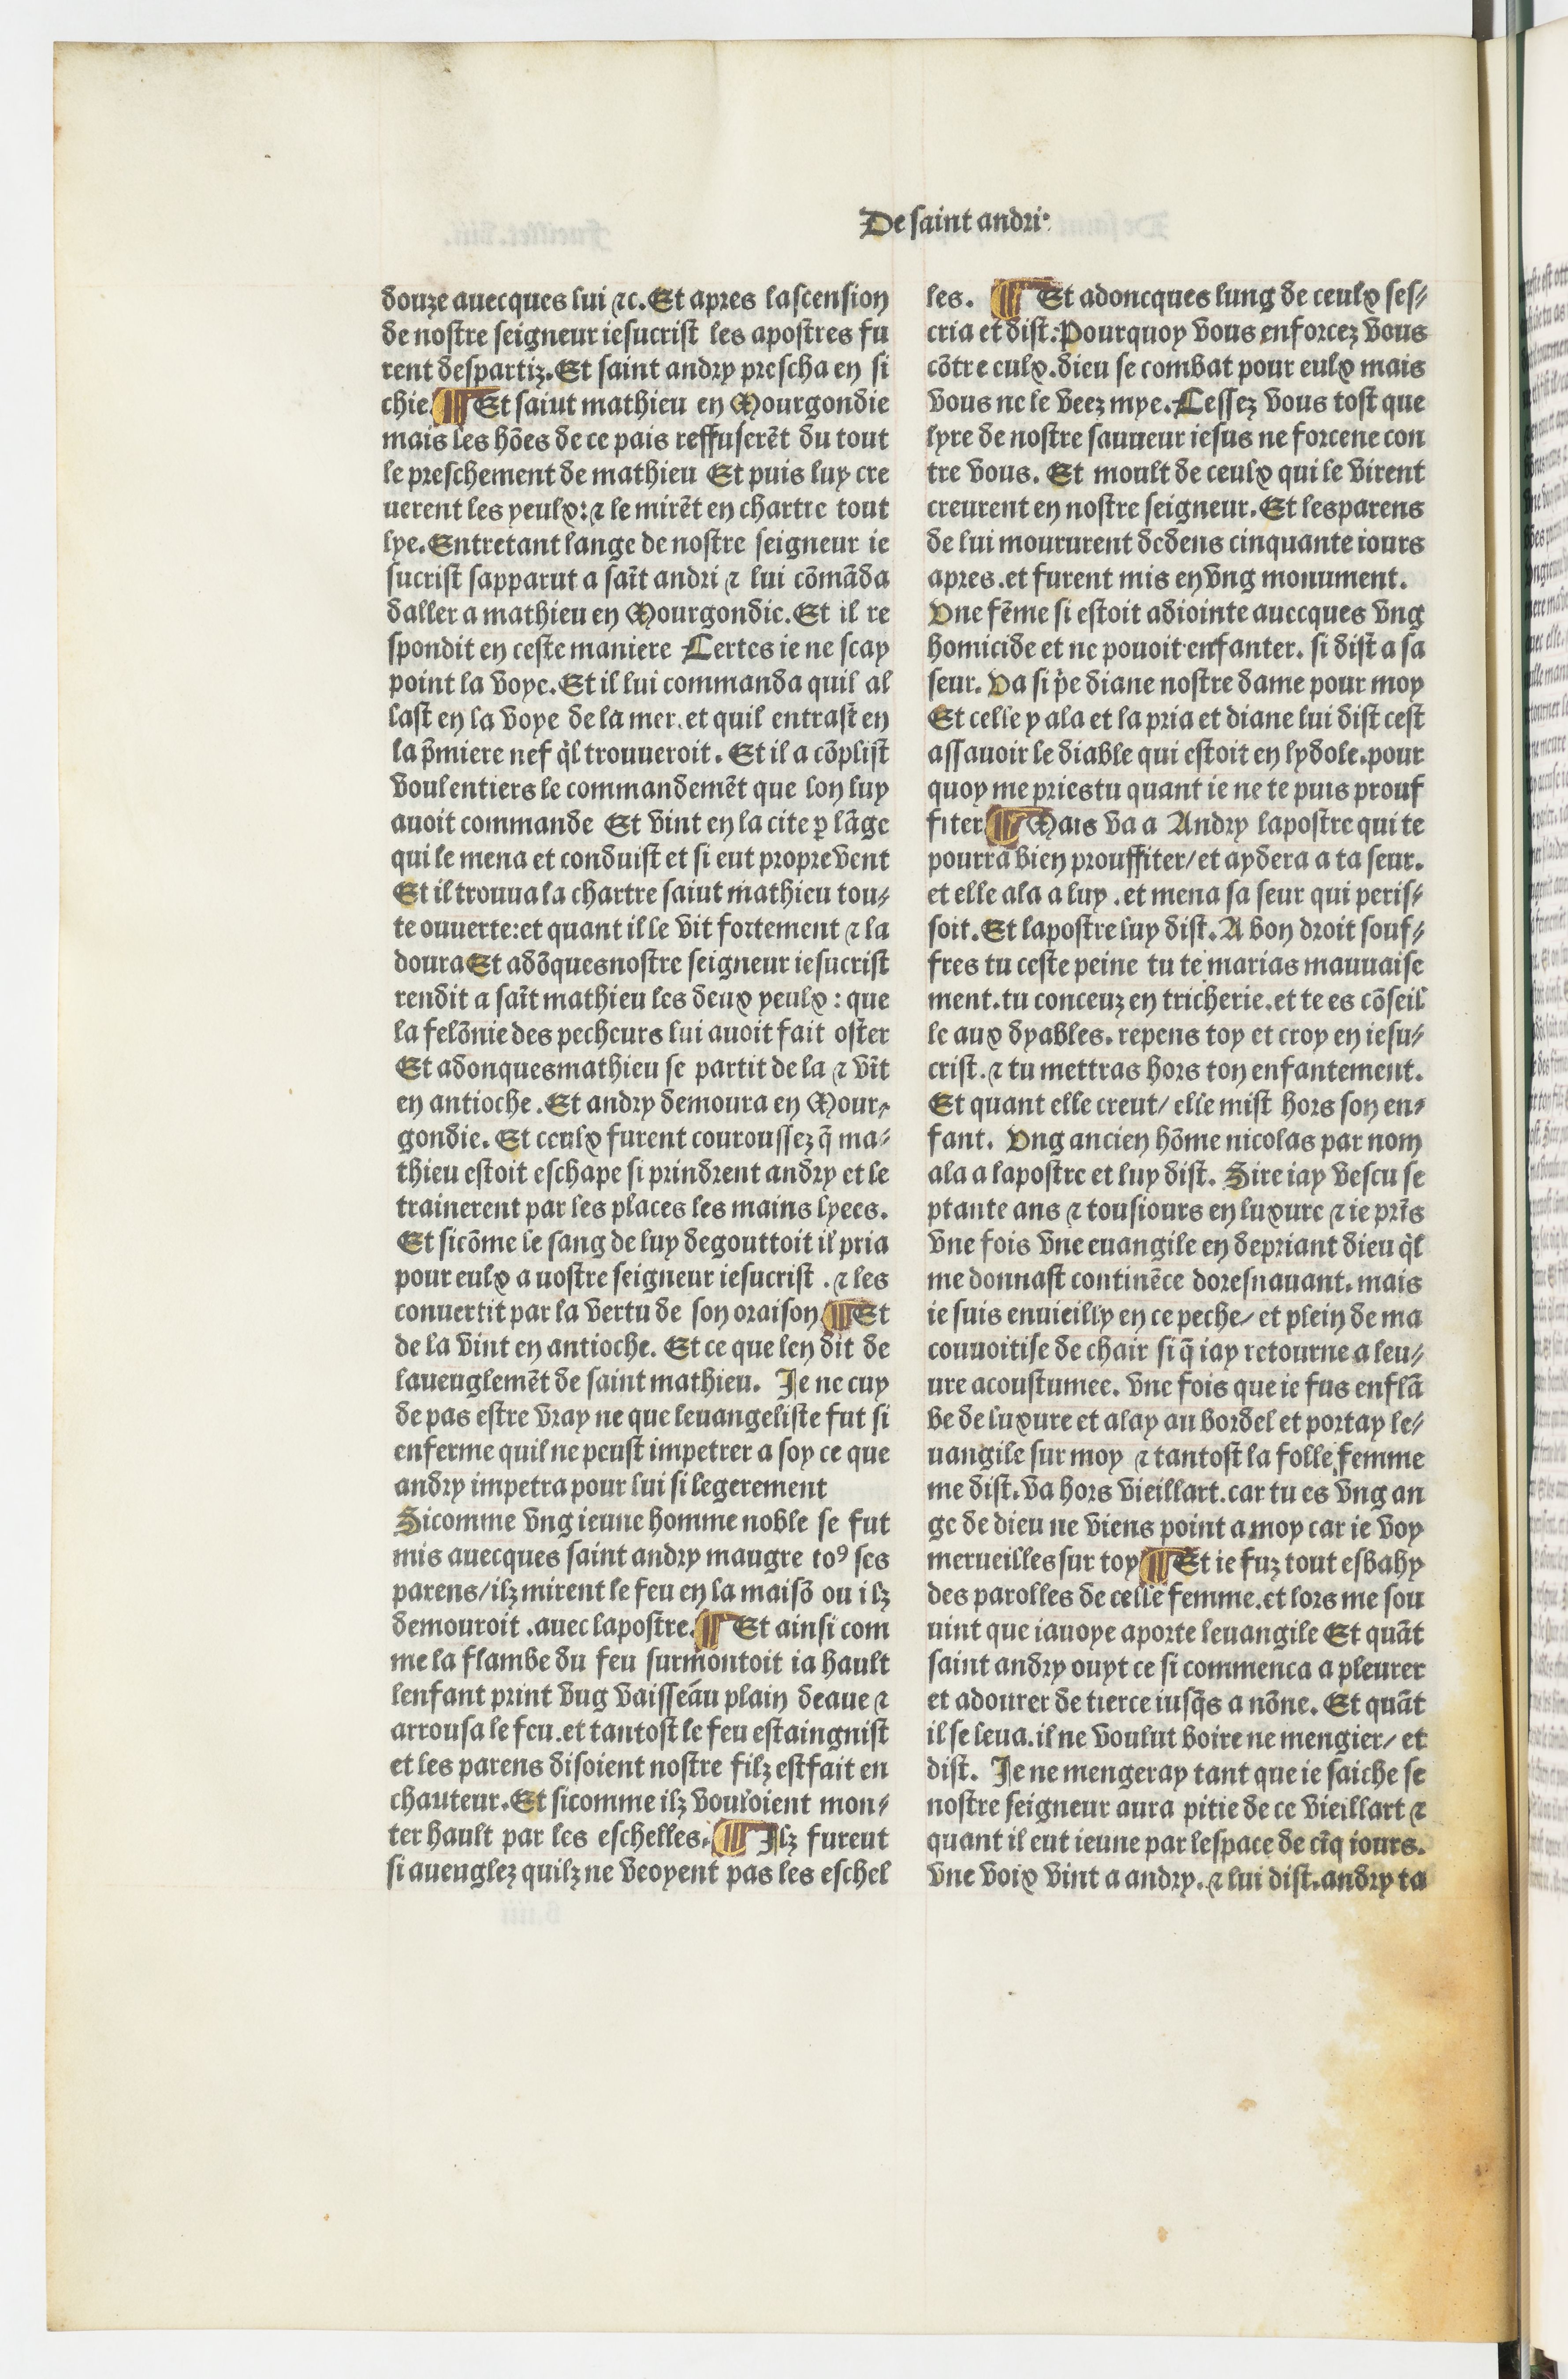
Shelfmark: Paris, BnF, Velins 690
Century: 15